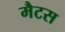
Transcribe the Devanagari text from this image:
मैटस